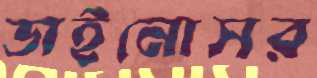
ডাইনোসর